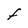
Character: F